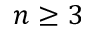
n \geq 3